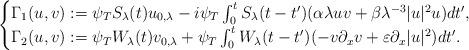
LaTeX: \begin{align*} \begin{cases} \Gamma_1(u,v):=\psi_T S_{\lambda}(t)u_{0,\lambda}-i\psi_T\int_{0}^{t}S_{\lambda}(t-t')(\alpha \lambda uv +\beta \lambda^{-3} |u|^2u) dt', \\ \Gamma_2(u,v):=\psi_T W_{\lambda}(t)v_{0,\lambda}+\psi_T\int_{0}^{t}W_{\lambda}(t-t')(-v\partial_{x}v+\varepsilon\partial_{x}|u|^2) dt'. \end{cases}\end{align*}